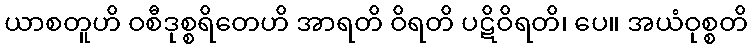
ယာစတူဟိ ဝစီဒုစ္စရိတေဟိ အာရတိ ဝိရတိ ပဋိဝိရတိ၊ ပေ။ အယံဝုစ္စတိ